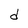
Character: d